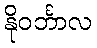
နိုဝင်္ဘာလ